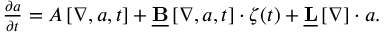
\begin{array} { r } { \frac { \partial \boldsymbol { a } } { \partial t } = \boldsymbol { A } \left[ \boldsymbol { \nabla } , \boldsymbol { a } , t \right] + \underline { { \mathbf { B } } } \left[ \boldsymbol { \nabla } , \boldsymbol { a } , t \right] \cdot \boldsymbol { \zeta } ( t ) + \underline { { \mathbf { L } } } \left[ \boldsymbol { \nabla } \right] \cdot \boldsymbol { a } . } \end{array}